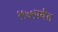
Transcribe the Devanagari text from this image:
१९७९पर्यंत